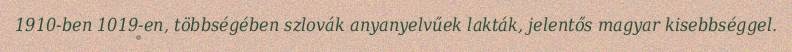
1910-ben 1019-en, többségében szlovák anyanyelvűek lakták, jelentős magyar kisebbséggel.